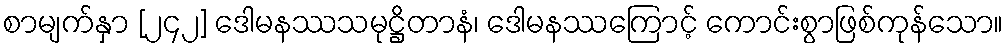
စာမျက်နှာ [၂၄၂] ဒေါမနဿသမုဋ္ဌိတာနံ၊ ဒေါမနဿကြောင့် ကောင်းစွာဖြစ်ကုန်သော။